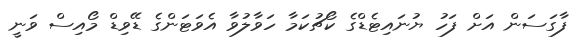
ފާގަސަން އަށް ފަހު ޔުނައިޓެޑްގެ ކޯޗުކަމާ ހަވާލުވާ އެވަޓަންގެ ޑޭވިޑް މޯއިސް ވަނީ